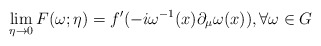
\begin{align*}\lim_{\eta \rightarrow 0}F(\omega;\eta)=f'(-i\omega^{-1}(x)\partial_\mu\omega(x)),\forall\omega \in G\end{align*}